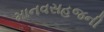
માનવસહજની